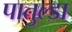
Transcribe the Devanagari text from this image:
पातुल्डा